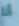
أنا